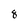
Character: 8